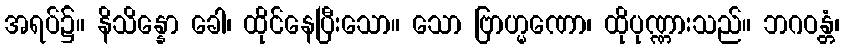
အရပ်၌။ နိသိန္နော ခေါ၊ ထိုင်နေပြီးသော။ သော ဗြာဟ္မဏော၊ ထိုပုဏ္ဏားသည်။ ဘဂဝန္တံ၊